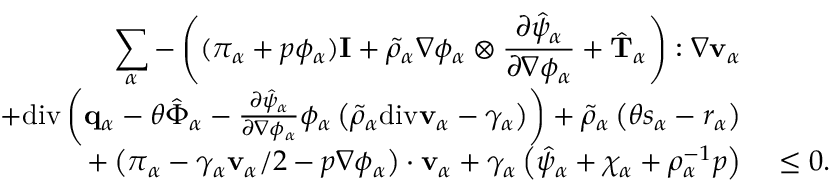
\begin{array} { r l } { \displaystyle \sum _ { \alpha } - \left( ( \pi _ { \alpha } + p \phi _ { \alpha } ) \mathbf { I } + \tilde { \rho } _ { \alpha } \nabla \phi _ { \alpha } \otimes \frac { \partial \hat { \psi } _ { \alpha } } { \partial \nabla \phi _ { \alpha } } + \hat { \mathbf { T } } _ { \alpha } \right) : \nabla \mathbf { v } _ { \alpha } } & { } \\ { + \mathrm { d i v } \left( \mathbf { q } _ { \alpha } - \theta \hat { \boldsymbol { \Phi } } _ { \alpha } - \frac { \partial \hat { \psi } _ { \alpha } } { \partial \nabla \phi _ { \alpha } } \phi _ { \alpha } \left( \tilde { \rho } _ { \alpha } \mathrm { d i v } \mathbf { v } _ { \alpha } - \gamma _ { \alpha } \right) \right) + \tilde { \rho } _ { \alpha } \left( \theta s _ { \alpha } - r _ { \alpha } \right) } & { } \\ { + \left( \boldsymbol { \pi } _ { \alpha } - \gamma _ { \alpha } \mathbf { v } _ { \alpha } / 2 - p \nabla \phi _ { \alpha } \right) \cdot \mathbf { v } _ { \alpha } + \gamma _ { \alpha } \left( \hat { \psi } _ { \alpha } + \chi _ { \alpha } + \rho _ { \alpha } ^ { - 1 } p \right) } & { ~ \leq 0 . } \end{array}